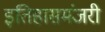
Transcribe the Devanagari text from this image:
इतिहासमंजरी